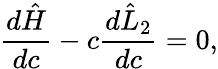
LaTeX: \frac{d\hat{H}}{dc}-c\frac{d\hat{L}_{2}}{dc}=0,